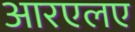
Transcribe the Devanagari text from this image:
आरएलए